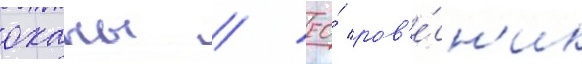
оханы / ео́ ров'е́сн'ик